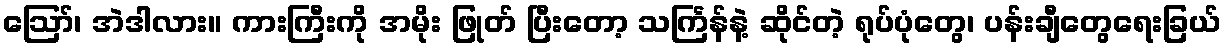
ဪ၊ အဲဒါလား။ ကားကြီးကို အမိုး ဖြုတ် ပြီးတော့ သင်္ကြန်နဲ့ ဆိုင်တဲ့ ရုပ်ပုံတွေ၊ ပန်းချီတွေရေးခြယ်